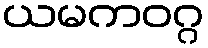
ယမကဝဂ္ဂ